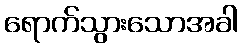
ရောက်သွားသောအခါ